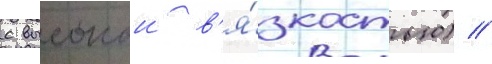
с высокои в'я́зкостью) //